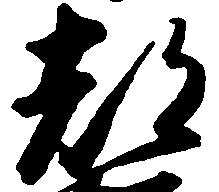
都